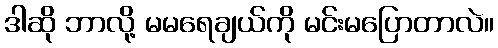
ဒါဆို ဘာလို့ မမရေချယ်ကို မင်းမပြောတာလဲ။